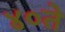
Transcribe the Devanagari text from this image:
४०ते